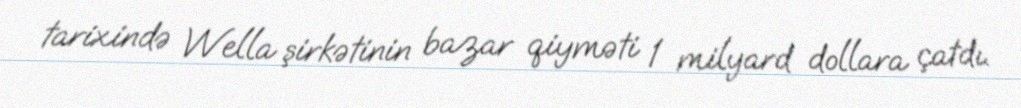
tarixində Wella şirkətinin bazar qiyməti 1 milyard dollara çatdı.